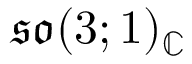
{ \mathfrak { s o } } ( 3 ; 1 ) _ { \mathbb { C } }